Vaccination in the Punjab 1897-1904 - 1897-1904
Year: 1897
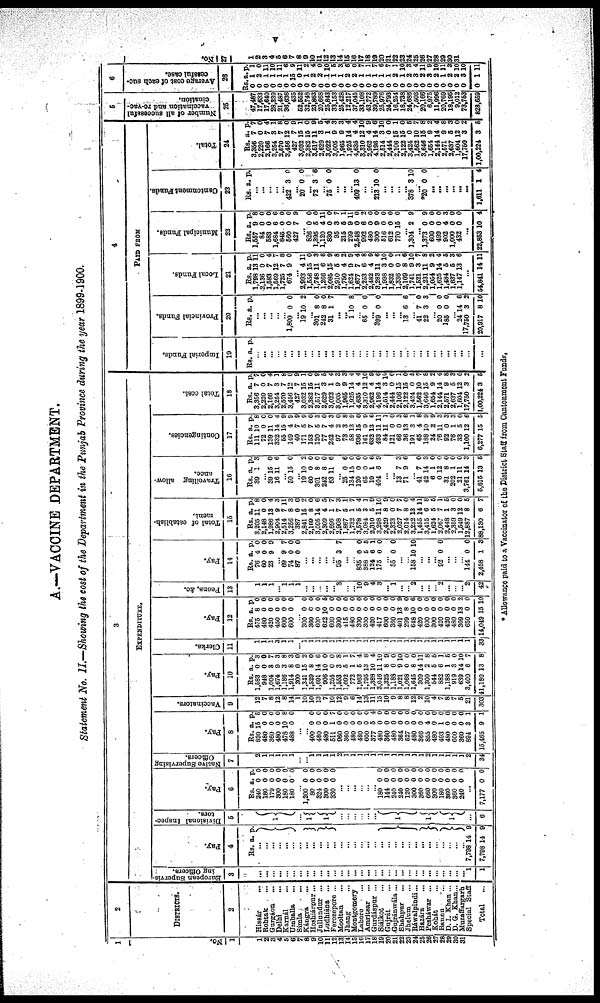
v
A.—VACCINE DEPARTMNT.
Statement No. II.—Showing the cost of the Department in the Punjab Province during the year 1899-1900.
1
NO.
1
1
2
3
4
5
6
7
8
9
10
11
12
13
14
15
16
17
18
10
20
21
22
23
24
25
26
27
28
28
30
31
2
DISTRICTS.
2
Hissár
...
Rohtak ...
Gurgáon
...
Delhi ...
Karnál
...
Umballa
...
Simla
...
Kángra ...
Hoshiárpur...
Jullundur ...
Ludhiána
...
Ferozepore ...
Mooltan ...
Jhang ...
Montgomery
Lahore ...
Amritsar ...
Gurdáspur ...
Siálkot
Gujrát
Gujránwála...
Shahpur ...
Jhelum
Ráwalpindi...
Hazára
Pesháwar ...
Kohát ...
Bannu ...
D. I. Khan...
D. G. Khan...
Muzaffargarh
Special Staff
Total
3
EXPENDITURE.
European Supervis-
ing Officers.
3
...
...
...
...
...
...
...
...
...
...
...
...
...
...
...
...
...
...
...
...
...
...
...
...
...
...
...
...
...
...
... 1
1
Pay.
4
Rs. a. p.
...
...
...
...
... ...
...
... ...
... ...
...
...
...
...
...
...
...
...
...
...
...
...
...
...
...
...
...
...
... ...
7,798
7,788
14
14
9
9
Divisional Inspec-
tors.
5
1
...
1
1
...
...
...
...
...
...
1
1
1
...
6
Pay.
6
Rs.
240
180
179
300
180
180
a.
0
0 0
0
0
0
p.
0
0 0
0
0
0
...
1,200
80
324
300
330
0
0
0
0
0
0
0
0
0 0
...
...
...
...
...
...
180
144
240
240
120
300
360
660
300
180
360
360
240
0
0
0
0
0
0
0
0
0 0
0
0
0
0
0
0
0
0
0
0
0
0
0
0
0
0
...
7,177 0 0
Native Supervising
Officers.
7
2
1 1
1
1
1 ...
...
1
1
1
1
2
1
1
1
1
1
1
1
1
1
1
1 1
2
1
1
1
1
1
2
34
Pay.
8
Rs.
830
480
360
480
478
488
a.
15
0
0
0
10
0
p.
6
0
0
0
8
0
...
...
400
480
480
511
960
360
480
480
600
377
480
360
480
364
627
480
366
855
480
493
480
600
360
894
15,465
0
0
0
1
0
0
0
0
0
5
0
0
0
0
0
0
0
4
0
1
0
0
0
3
9
0
0
0
7
0
0
0
0
0
4
0
0
0
0
0
0
0
0
0
0
0
0
0
1
1
Vaccinators.
9
12
7
8
12
8
14
1
10
10
13
7
10
12
51
6
14
13
11
15
10
9
8
8
12
2
10
4
7
8
7
5
21
303
Pay.
10
Rs.
1,583
948
1,004
1,674
1,186
1,914
300
1,341
1,320
1,691
906
1,255
1,553
1,092
772
1,963
1,795
1,388
2,016
1,325
1,188
1,021
1,068
1,645
309
1,300
544
882
1,188
919
639
3,400
41,180
a.
0
0
3
9
3
8
0
15
8
14
10
0
3
5
1
6
13
10
11
8
0
9
0
8
14
2
5
6
1
3
14
6
13
p.
3
0
7
3
8
3
0
2
0
6
0
0
8
1
7
4
8
4
10
9
0
10
0
0
11
8
5
1
5
0
10
7
8
Clerks.
11
1
1 1
3
1
1 ...
1
1
1
1
1
1
1
1
1
1
1
1
1
1
1
1
1
1
1
1
1
1
1
1
1
33
Pay.
12
Rs.
475
480
420
450
600
600
a.
8
0
0
0
0
0
p.
0
0
0
0
0
0
...
300
360
600
622
600
300
415
480
300
300
420
417
600
360
401
299
648
420
600
300
420
420
480
309
650
14,049
0
0
0
0
0
0
0
0
0
0
0
0
0
0
3
8
10
0
0
0
0
0
0
13
0
15
0
0
0
6
0
0
0
0
0
0
0
0
0
0
9
0
6
0
0
0
0
0
0
2
0
10
Peons, &c.
13
1
1
1
...
1
1
1
...
...
...
...
...
3
...
...
10
0
4
3
...
1
...
...
2
...
...
...
2
...
...
...
2
42
Pay.
14
Rs.
76
60
23
a.
4
0
9
p.
0
0 9
...
69
74
87
9
0
0
7
0
0
...
...
...
...
...
95 3 7
...
...
835
388
124
175
0
5
6
0
0
5
1
0
...
55 0 0
...
...
158 10 10
...
...
...
92 0 0
...
...
...
144
2,458
0
1
0
3
Total of establish-
ment.
.
15
Rs.
3,205
2,148
1,986
2,904
2,514
3,256
387
2,841
2,169
3,005
2,309
2,696
2,908
1,867
1,732
3,578
3,084
2,310
3,298
2,429
2,323
2,027
2,014
3,232
1,455
3,415
1,624
2,067
2,448
2,359
1,649
12,887
88,130
a.
11
0
13
9
7
8
0
15
8
14
4
1
7
5
1
5
3
5
11
8
0
7
8
13
14
6
5
7
1
3
12
8
6
p.
8
0
4
3
11
3
0
2
0
6
5
7
3
1
7
4
1
9
10
9
0
7
0
4
11
8
6
1
6
0
0
5
7
Travelling allow-
ance.
16
Rs.
39
a.
1
p.
3
...
39
16
15
11
0
6
...
50 15 0
...
19
60
301
242
83
10
0
8
8
1
2
0
0
0
6
...
25
134
120
65
19
404
0
15
0
0
1
6
6
0
0
0
6
9
...
...
13
71
7
9
3
6
41
42
6
0
31
202
21
3,761
5,815
7
14
1
12
8
1
11
14
13
0
3
0
0
0
0
0
3
6
Contingencies.
17
Rs.
111
72
139
332
55
149
40
171
153
120
77
242
97
73
68
936
161
632
493
84
121
66
36
101
65
188
24
76
92
76
33
1,100
6,277
a.
10
0 11
14
16
4
7
6
7
5
7
4
2
3
13
15
9
13
11
11
0
0
3
3
4
10
2
11
0
1
5
12
15
p.
8
0
0
4
9
9
9
9
0
3
0
3
0
8
9
0
0
6
11
1
0
3
6
1
8
9
9
3
3
3
0
6
5
Total cost.
18
Rs.
3,356
2,220 2,166
3,264
2,570
3,456
427
3,032
2,382
3,517
2,629
3,022
3,005
1,965
1,925
4,635
3,310
2,962
4,196
2,514
2,444
2,106
2,122
3,424
1,662
3,646
1,654
2,144
2,571
2,637
1,604
17,750
1,00,224
a.
7
0 7
3
7
12
7
15
15
11
3
1
9
9
14
4
12
4
14
3
0
15
15
0
10
15
9
14
9
5
12
3
3
p.
7
0
4
1
8
0
9
1
0
9
5
4
3
8
4
4
10
9
6
10
0
1
0
5
7
8
2
4
8
3
12
2
5
4
PADE FROM.
Imperial Funds.
19
Rs. a. p.
...
...
...
...
...
...
...
...
...
...
...
...
...
...
...
...
...
...
...
...
...
...
...
...
...
...
...
...
...
...
Provincial Funds.
20
Rs. a. p.
...
...
...
...
...
1,800 0 0
...
19 10 2
...
301
242
31
8
8
1
0
0
7
...
...
1 10 8
...
65 0 0
399 0 0
...
...
13 6 6
...
41
22
7
3
0
3
...
20
185
0
0
0
0
...
24
17,750
20,917
14
3
8
6
2
10
Local Funds.
21
Rs.
1,798
2,136
1,583
1,569
1,725
674
a.
13
0
7
12
7
9
p.
11
0
4
7
8
0
...
2,993
1,556
1,748
1,266
2,085
2,910
1,750
1,624
1,677
2,253
2,482
3,283
1,998
1,832
1,336
2,109
1,741
1,521
2,231
1,054
1,625
1,484
1,637
1,147
4
15
11
6
15
5
4
9
7
6
4
11
3
0
0
8
9
3
,1
9
4
5
5
13
11
0
3
6
9
8
2
9
4
8
9
6
10
0
1
6
10
7
8
2
4
5
3
6
...
64,841 14 11
Municipal Funds.
22
Rs.
1,557
84
683
1,684
846
560
427
a.
9
0 0
6
0
0
7
p.
8
0
0
6
0
0
9
...
826
1,395
1,120
830
95
215
299
2,548
992
480
300
616
612
770
0
6
4
0
3
5
9
0
6
0
9
0
0
15
0
0
11
0
7
1
11
0
2
0
0
0
0
0
...
1,304 2 9
...
1,373
600
409
902
1,000
432
0
0
0
4
0
0
9
0
0
3
0
0
...
22,853 10 4
Cantonment Funds.
23
Rs. a. p.
...
... ...
...
...
422 3 0
...
20 0 0
...
72
...
75
3
0
6
0
...
...
...
409 13 0
...
213 10 0
...
...
...
...
378 3 10
...
*20 0 0
...
...
...
...
...
...
1,611 1 4
Total.
24
Rs.
3,356
2,220
2,166
3,254
2,670
3,466
427
3,032
2,382
3,617
2,629
3,022
3,005
1,966
1,925
4,635
3,310
2,962
4.193
2,614
2,444
2,106
2,122
3,424
1,562
3,646
1,664
2,144
2,571
2,637
1,604
17,750
1,00,224
a.
7
0
7
3
7
12
7
16
15
11
3
1
9
9
14
4
12
4
14
3
0
15
15
0
10
15
9
14
9
6
12
3
3
p.
7
0
4
1
8
0
9
1
0
9
5
4
3
3
4
4
10
9
6
10
0
1
0
5
7
8
2
4
8
3
0
2
5
5
Number of all successful vaccination and re-vac-
cination.
26
47,487
17,633
17,640
28,339
21,487
36,636
435
62,662
32,748
23,863
20,668
25,843
33,153
25,428
12,217
37,045
33,108
43,772
39,789
25,976
24,793
16,254
18,738
24,686
7,603
20,166
6,975
11,996
20,769
18,195
9,012
73,763
828,659
6
Average cost of each suc-
cessful case.
26
Rs.
0
0 0
0
0
0 0
0
0
0
0
0 0
0
0
0
0
0
0
0
0
0
0
0
0
0
0
0
0
0
0
0
0
a.
1
2 1
1
1
1
15
0
1 2
2
1
1
1
2
2
1
1
1
1
1
2
1
2
3
2
3
2
1
2
2
3
1
p.
1
0
11
10
11
6
9
11
2
4
0
10
6
3
6
0
7
1
7
6
7
1
10
3
4
11
9
10
11
3
10
10
11
No.
27
1
2 3
4
5
6
7 8
9 10
11
12
13 14
15
16
17
18
19
20
21
22
23
24
25
26
27
28
29
30
31
* Allowance paid to a Vaccinator of the District Staff from Cantonment Funds.